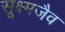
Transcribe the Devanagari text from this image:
सूक्ष्मजैव